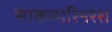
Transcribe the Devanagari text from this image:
साकम्भरिनरेश